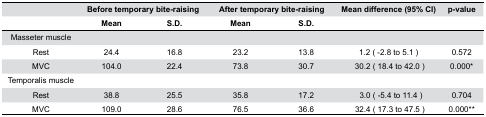
<table><thead><tr><td></td><td colspan="2"><b>Before temporary bite-raising</b></td><td colspan="2"><b>After temporary bite-raising</b></td><td><b>Mean difference (95% CI)</b></td><td><b>p-value</b></td></tr><tr><td></td><td><b>Mean</b></td><td><b>S.D.</b></td><td><b>Mean</b></td><td><b>S.D.</b></td><td></td><td></td></tr></thead><tbody><tr><td>Masseter muscle</td><td colspan="6"></td></tr><tr><td>Rest</td><td>24.4</td><td>16.8</td><td>23.2</td><td>13.8</td><td>1.2 (−2.8 to 5.1)</td><td>0.572</td></tr><tr><td>MVC</td><td>104.0</td><td>22.4</td><td>73.8</td><td>30.7</td><td>30.2 (18.4 to 42.0)</td><td>0.000*</td></tr><tr><td>Temporalis muscle</td><td colspan="6"></td></tr><tr><td>Rest</td><td>38.8</td><td>25.5</td><td>35.8</td><td>17.2</td><td>3.0 (−5.4 to 11.4)</td><td>0.704</td></tr><tr><td>MVC</td><td>109.0</td><td>28.6</td><td>76.5</td><td>36.6</td><td>32.4 (17.3 to 47.5)</td><td>0.000**</td></tr></tbody></table>